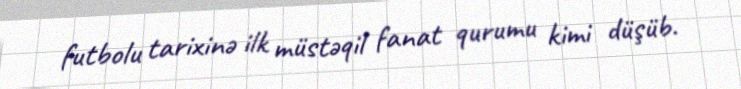
futbolu tarixinə ilk müstəqil fanat qurumu kimi düşüb.